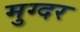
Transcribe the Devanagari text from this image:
मुग्दर